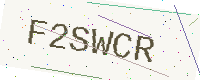
Text: F2SWCR